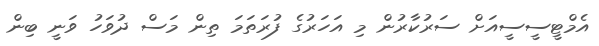
އެމްޓީސީސީއަށް ސަރުކާރުން މި އަހަރުގެ ފުރަތަމަ ތިން މަސް ދުވަހު ވަނީ ބިން